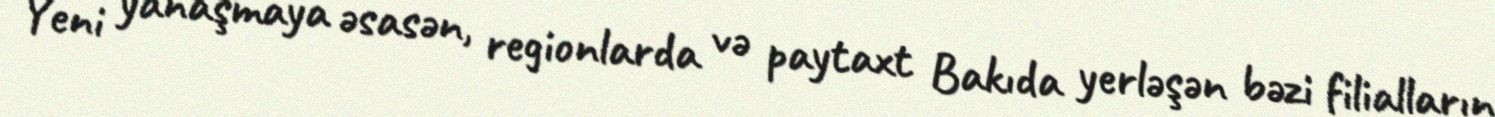
Yeni yanaşmaya əsasən, regionlarda və paytaxt Bakıda yerləşən bəzi filialların